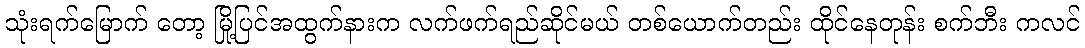
သုံးရက်မြောက် တော့ မြို့ပြင်အထွက်နားက လက်ဖက်ရည်ဆိုင်မယ် တစ်ယောက်တည်း ထိုင်နေတုန်း စက်ဘီး ကလင်